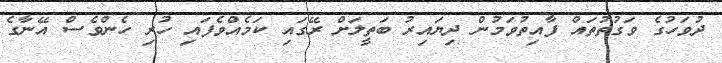
ދުވަހުގެ ވަގުތުތައް ފާއިތުވަމުން ދިޔައިރު ބަތީލަށް ރޭގައި ކަމެއްވެފައި ހުރި ހެންވެސް އޭނާގެ